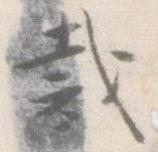
裁